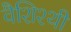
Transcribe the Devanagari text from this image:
वैशिश्थी